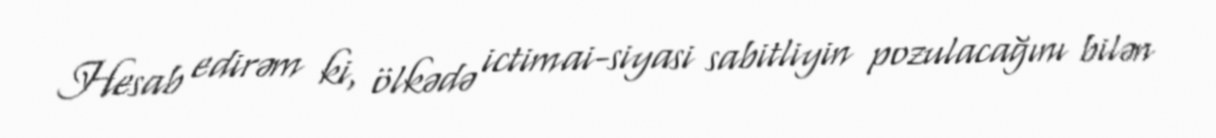
Hesab edirəm ki, ölkədə ictimai-siyasi sabitliyin pozulacağını bilən